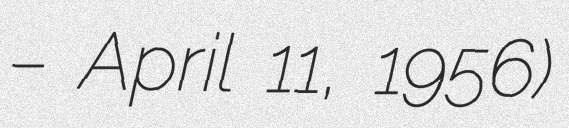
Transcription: – April 11, 1956)